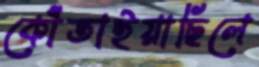
কোঁতাইয়াছিলে